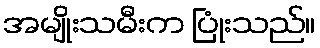
အမျိုးသမီးက ပြုံးသည်။